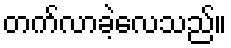
တက်လာခဲ့လေသည်။